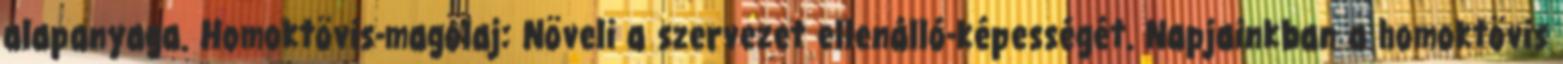
alapanyaga. Homoktövis-magolaj: Növeli a szervezet ellenálló-képességét. Napjainkban a homoktövis